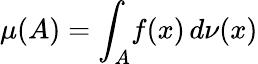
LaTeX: \mu(A)=\int_{A}\! f(x)\, d\nu(x)